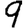
Digit: 9